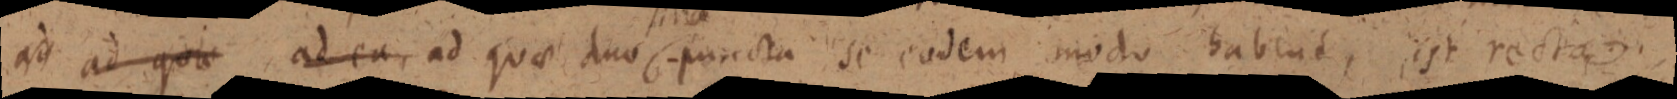
ad ad quae ad ea, ad quae duo puncta se eadem modo habent, est recta